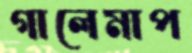
গালেমাপ